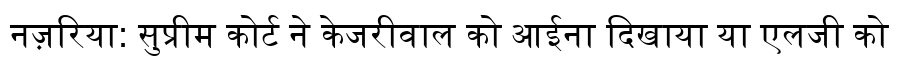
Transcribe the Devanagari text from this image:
नज़रिया: सुप्रीम कोर्ट ने केजरीवाल को आईना दिखाया या एलजी को